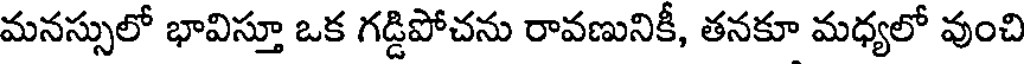
మనస్సులో భావిస్తూ ఒక గడ్డిపోచను రావణునికీ, తనకూ మధ్యలో వుంచి